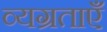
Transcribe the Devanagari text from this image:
व्यग्रताएँ